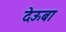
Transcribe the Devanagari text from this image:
देऊबा